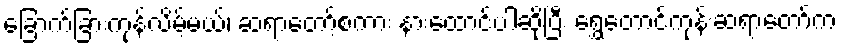
ခြောက်ခြားကုန်လိမ့်မယ်၊ ဆရာတော့်စကား နားထောင်ပါဆိုပြီး ရွှေတောင်ကုန်းဆရာတော်က